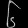
Digit: ၆